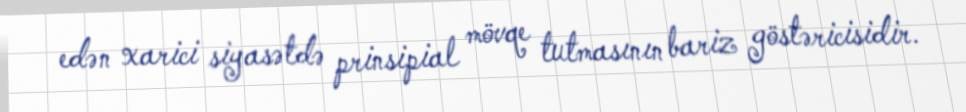
edən xarici siyasətdə prinsipial mövqe tutmasının bariz göstəricisidir.